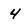
Character: 4